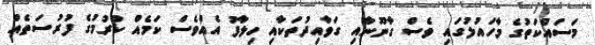
މަސައްކަތުގެ މާހައުލުގައި ވެސް ގާނޫނާއި ގަވާއިދުތަކާއި ހިލާފު އެއްވެސް ކަމެއް ކުރުމުގެ ފުރުސަތެއް